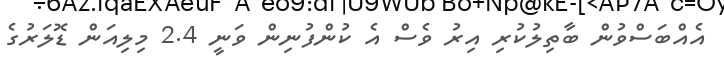
އެއްބަސްވުން ބާތިލުކުރި އިރު ވެސް އެ ކުންފުނިން ވަނީ 2.4 މިލިއަން ޑޮލަރުގެ